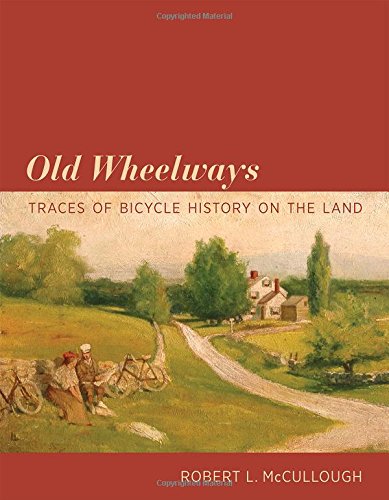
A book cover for Old Wheelways: Traces of Bicycle History on the Land; Robert L. McCullough; History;